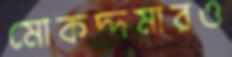
মোকদ্দমারও